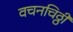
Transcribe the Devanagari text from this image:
वचनचिठ्ठी